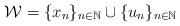
LaTeX: \begin{align*} \mathcal{W} = \{x_n\}_{n\in \mathbb{N}} \cup \{u_n\}_{n\in \mathbb{N}} \end{align*}